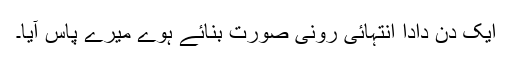
ایک دن دادا انتہائی رونی صورت بنائے ہوے میرے پاس آیا۔